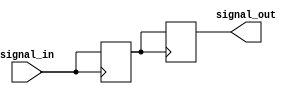
module timing_control_synchronization(
    input wire signal_in,
    output wire signal_out
);

reg signal_delayed;

// Timing control block
always @ (posedge signal_in) begin
    #1 signal_delayed <= signal_in;
end

// Synchronization block
always @ (posedge signal_delayed) begin
    signal_out <= signal_delayed;
end

endmodule